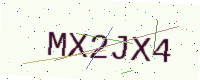
Text: MX2JX4